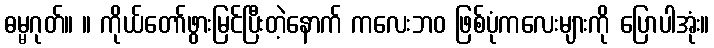
ဓမ္မဂုတ်။ ။ ကိုယ်တော်ဖွားမြင်ပြီးတဲ့နောက် ကလေးဘဝ ဖြစ်ပုံကလေးများကို ပြောပါအုံး။